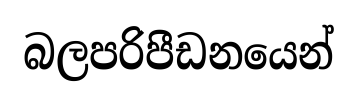
බලපරිපීඩනයෙන්